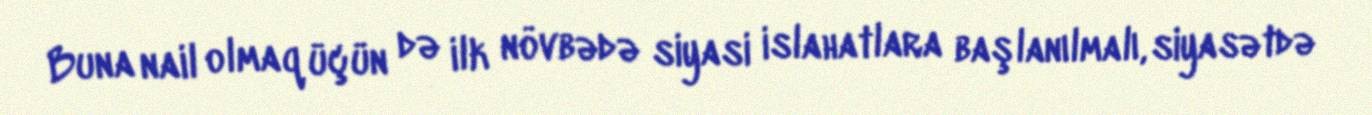
Buna nail olmaq üçün də ilk növbədə siyasi islahatlara başlanılmalı, siyasətdə